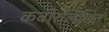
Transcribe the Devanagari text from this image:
कबीरलिखित